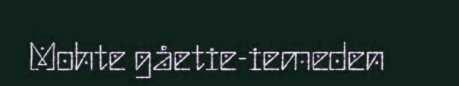
Mohte gåetie-iemeden